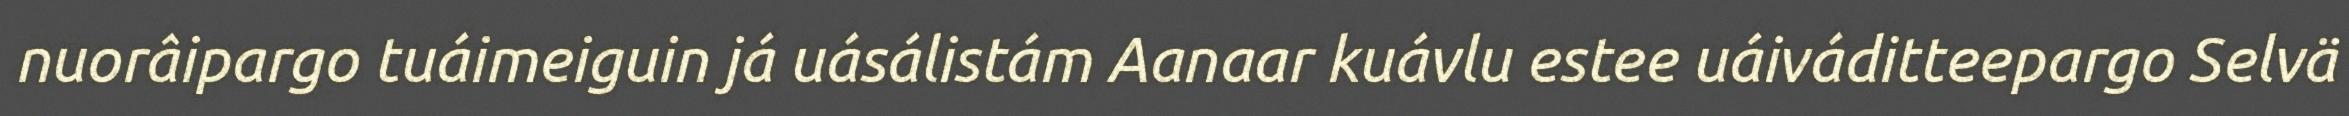
nuorâipargo tuáimeiguin já uásálistám Aanaar kuávlu estee uáiváditteepargo Selvä